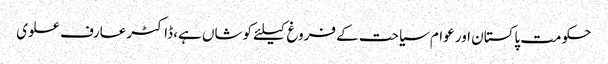
حکومت پاکستان اور عوام سیاحت کے فروغ کیلئے کوشاں ہے، ڈاکٹرعارف علوی